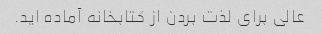
عالی برای لذت بردن از کتابخانه آماده اید.